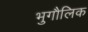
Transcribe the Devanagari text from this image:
भुगौलिक